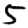
Digit: 5